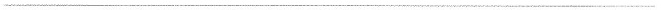
___